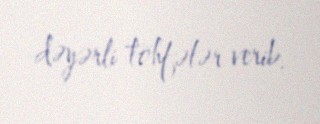
dəyərli töhfələr verib.